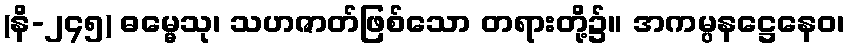
(နိ-၂၄၅) ဓမ္မေသု၊ သဟဇာတ်ဖြစ်သော တရားတို့၌။ အကမ္ပနဋ္ဌေနေဝ၊